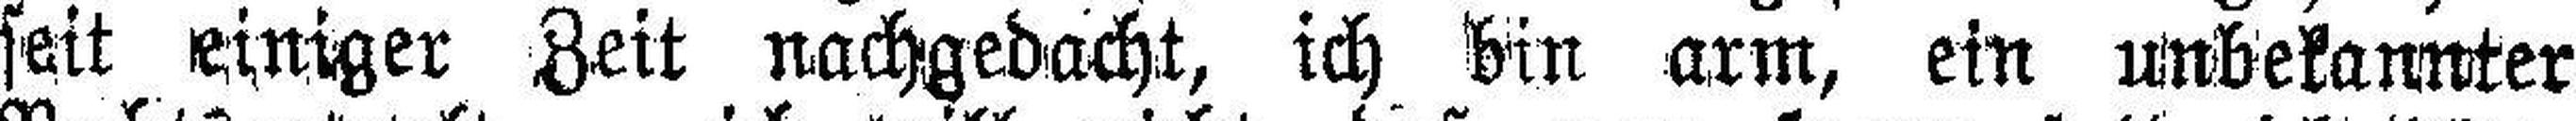
seit einiger Zeit nachgedacht, ich bin arm, ein unbekannter